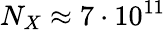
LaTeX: N_{X}\approx 7\cdot 10^{11}